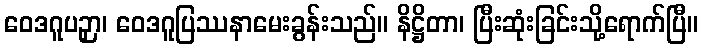
ဝေဒဂူပဉှာ၊ ဝေဒဂူပြဿနာမေးခွန်းသည်။ နိဋ္ဌိတာ၊ ပြီးဆုံးခြင်းသို့ရောက်ပြီ။